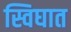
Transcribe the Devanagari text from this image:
स्विघात